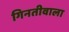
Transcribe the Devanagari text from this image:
गिनतीवाला